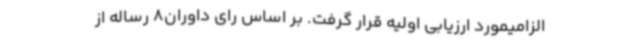
الزامیمورد ارزیابی اولیه قرار گرفت. بر اساس رای داوران8 رساله از